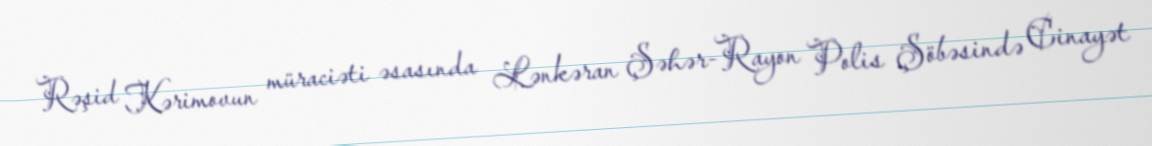
Rəşid Kərimovun müraciəti əsasında Lənkəran Şəhər-Rayon Polis Şöbəsində Cinayət